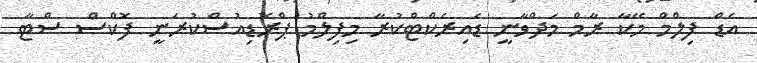
އެޑް ފިލްމް މޭކާ ރާމް މަދްވާނީ ޑައިރެކްޓްކުރާ މިފިލްމު ޕްރޮޑިއުސްކުރަނީ ފޮކްސް ސްޓާ